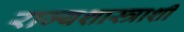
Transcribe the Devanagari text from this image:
राज्यशास्त्राशी